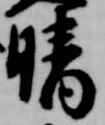
晴